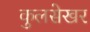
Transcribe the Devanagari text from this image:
कुलसेखर